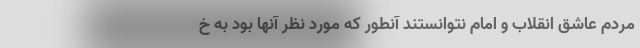
مردم عاشق انقلاب و امام نتوانستند آنطور که مورد نظر آنها بود به خ